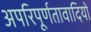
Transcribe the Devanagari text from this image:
अपरिपूर्णतावादियों